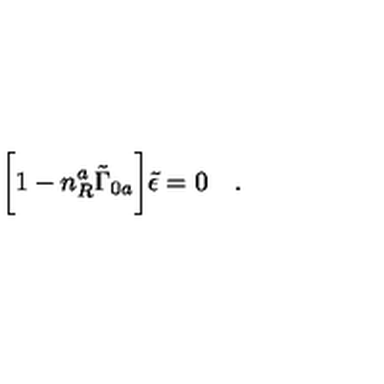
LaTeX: \biggl [ 1 - n _ { R } ^ { a } \tilde { \Gamma } _ { 0 a } \biggr ] \tilde { \epsilon } = 0 \quad .